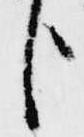
臣